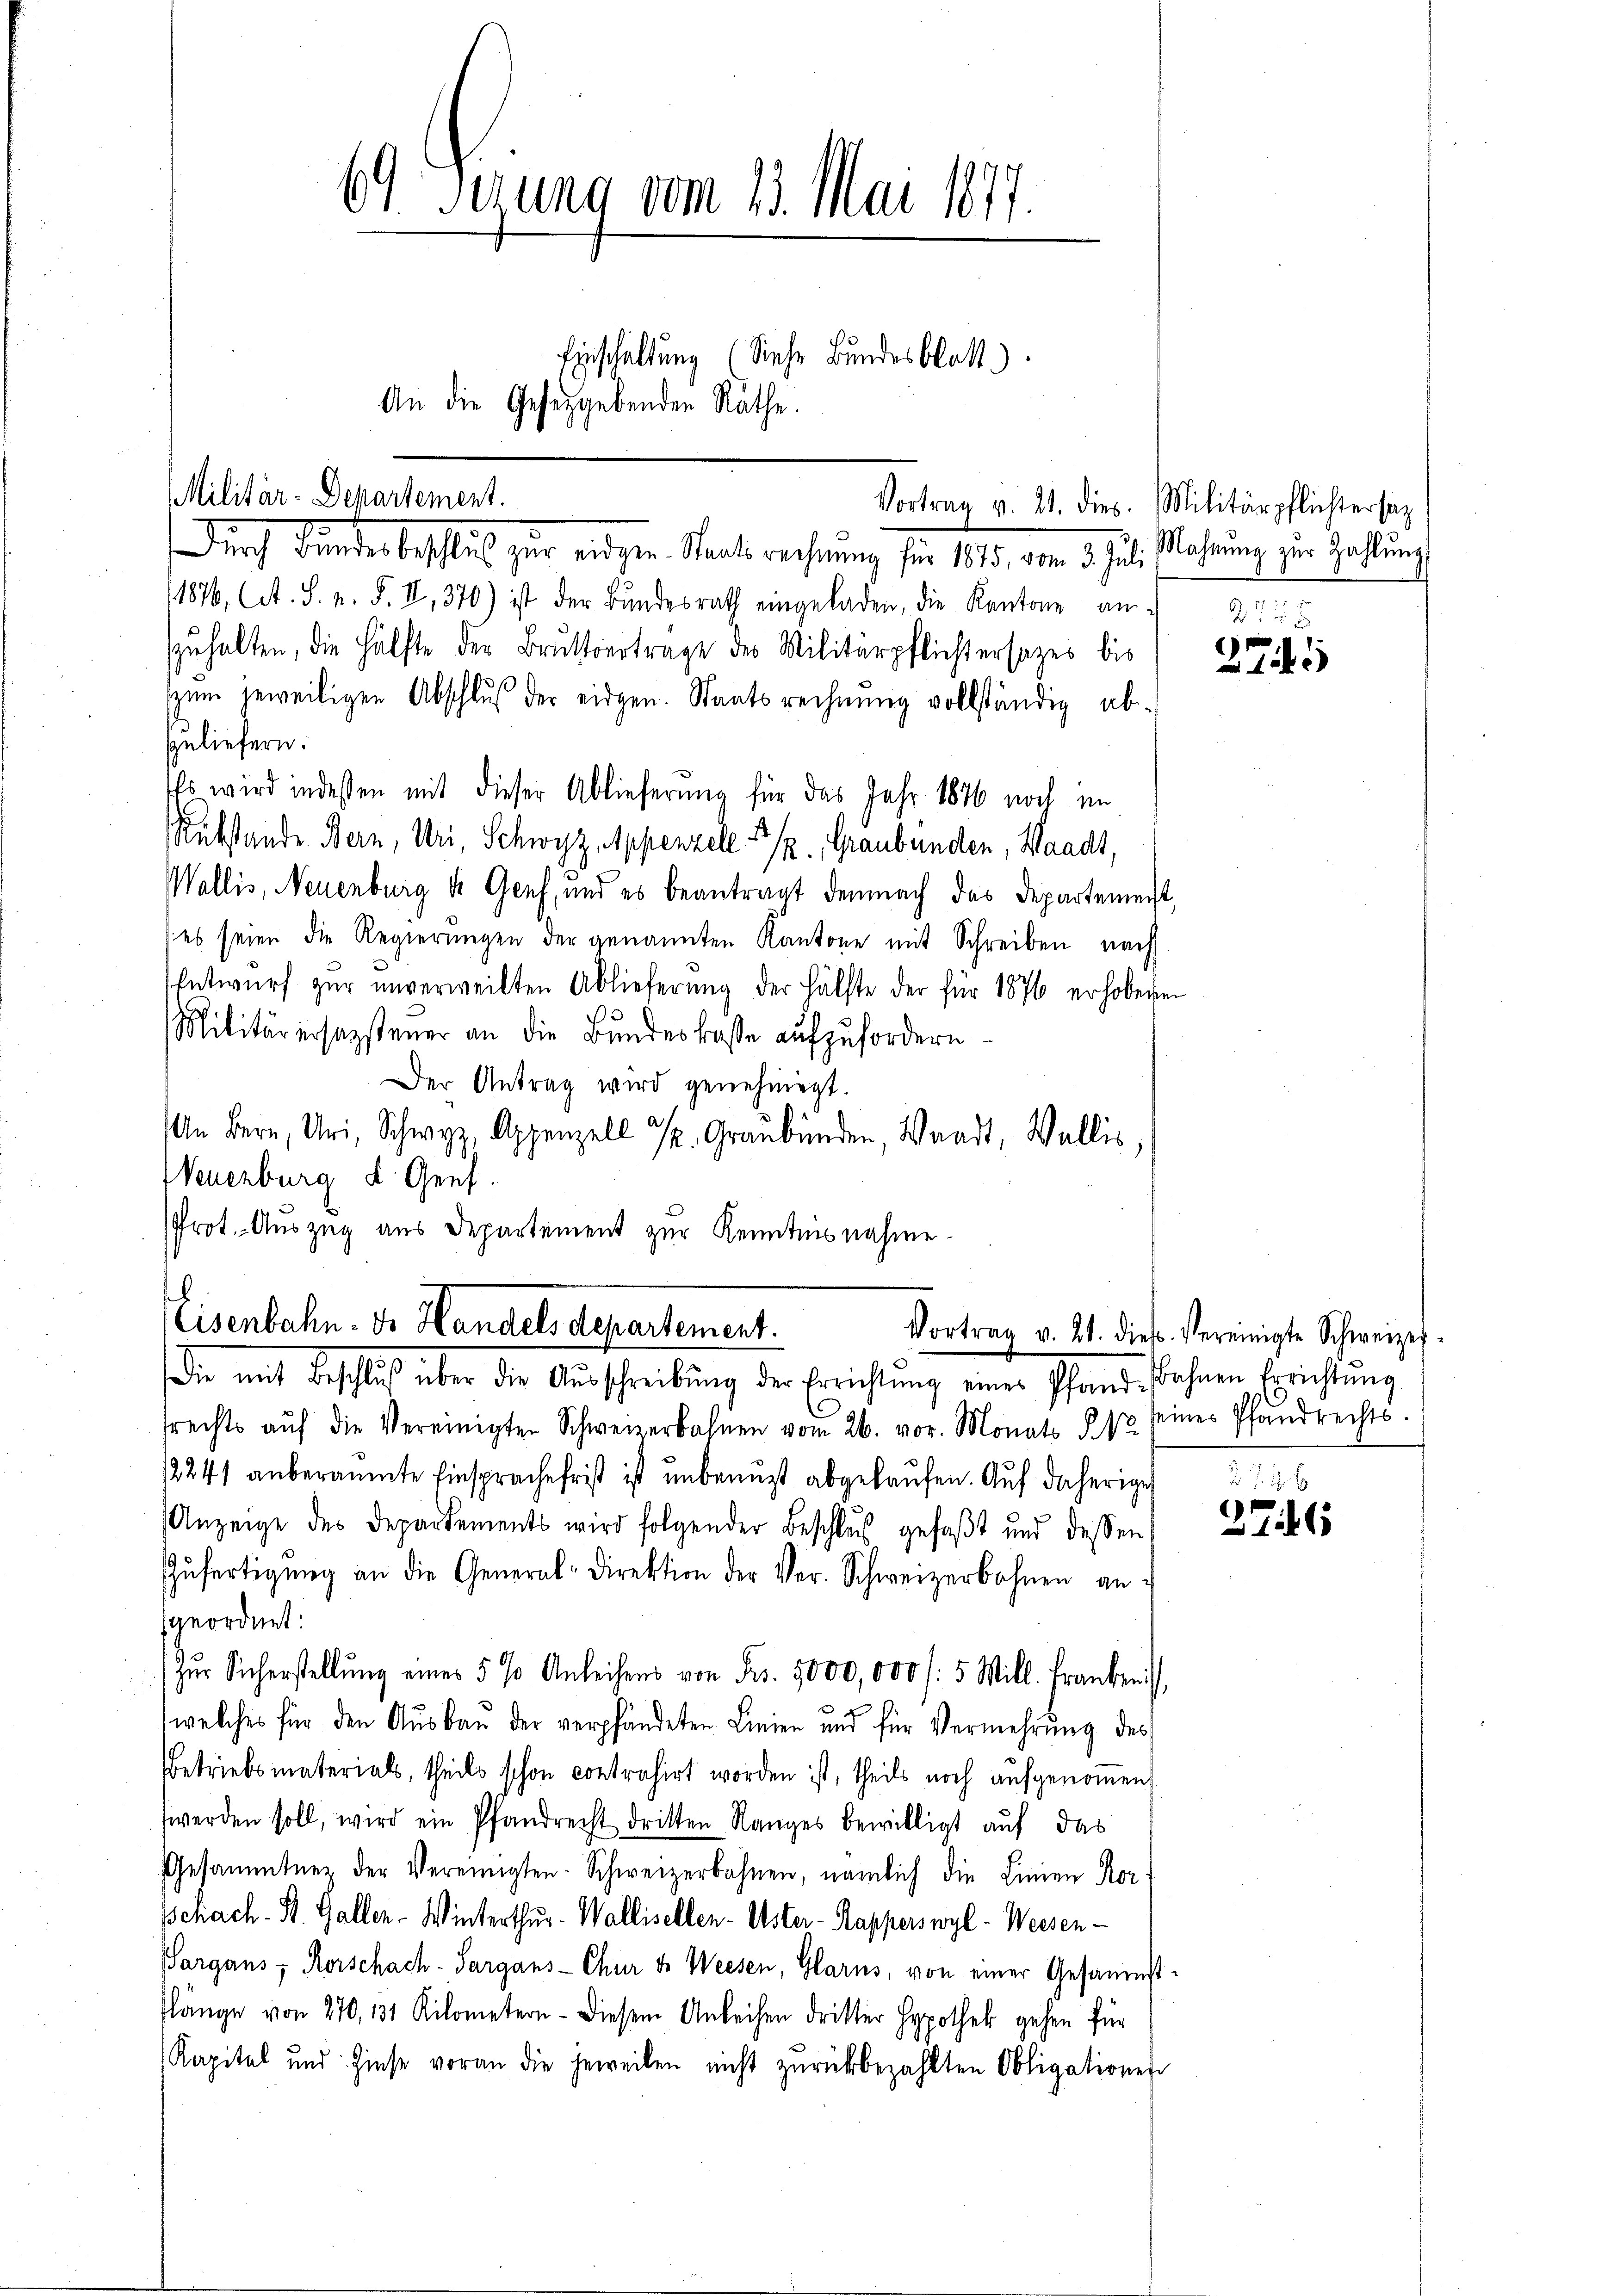
Militär-Departement.

69 sezung vom 13. Mai 1877
f
Einschaltung (Siehe Bundesblatt)
An die Gesetzgebenden Räthe.

Durch Bundesbeschluß zur eidgen. Staatsrechnung für 1825. vom 3. Juli Mahrung zur Zahlung
1876, A. S. n. F. II, 370) ist der Bŭndesrath eingeladen, die Kantone an
zuhalten, die Hälfte der Bruttvertrage des Militärpflichtersatzes bis
zum jeweiligen Abschluß der eidgen. Staatsrechnung vollständig abzuliefern.
Es wird indessen mit dieser Ablieferung für das Jahr 1876 noch im
Rükstande Bern, Uri, Schwyz, Appenzell 5/. Graubünden, Waadt,
Wallis, Neuenburg d. Genf, und es beantragt demnach das Departement,
(es seien die Regierungen der genannten Kantone mit Schreiben nach
Entwurf zur unverweilten Ablieferung der Hälfte der für 1876 erhobenen
Militär ersagstener an die Bundeskasse aufzufordern
Der Antrag wird genehmigt.
n Bern, Uri, Schwyz, Appenzell 32. Graubünden, Waadt, Wallis
Neuenburg d. Genf.
Prot. Auszug aus Departement zur Kenntnisnahme

Vortrag v. 21. dies. Militärpflichtersag

b
Eisenbahn. Dr. Handels departement.
Die mit Beschluß über die Aŭsschreibŭng der Errichtŭng eines Pfand-Bahnen Errichtung

srechts aŭf die Vereinigten Schweizerbahnen vom 26. vor. Monats § 13 seines Pfandrechts-
2241 anberaumte Einsprache frist ist unbenuzt abgekaufen. Auf daherige
Anzeige des Departements wird folgender Beschlŭs gefaßt und dessen
Zŭfertigŭng an die General-Direktion der Ver-Schweizerbahnen an d
geordnet:
zŭr Sicherstellŭng eines 5 % Anleihens von Frs. 5000,000 f: 5 Mill. Franken,
welches für den Ausbau der verpfändeten Linien und für Vermehrung des
Betriebsmaterials, theils schon contrahirt worden ist, theils noch aufgenommen,
werden soll, wird ein Pfandrecht dritten Ranges bewilligt auf das
Gesammtnen der Vereinigten - Schweizerbahnen, nämlich die Linien Kor-
Schach-St. Galler. Winterthur. Wallisellen-Uster-Kapperswyl - Weisen-
Pargans, Rorschach- Sargans-Chur d. Weesen, Glarus, von einer Gesammst
slänge von 270, 131 Kilometern - diesem Anleihen dritter Hypothek gehen für
Kapital und Zinse voran die jeweilen nicht zurückbezahlten Obligationen

27
2741

Vortrag v. 21. dieß. vereinigte Schweizer¬

2.7. 16
2746